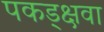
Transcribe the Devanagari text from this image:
पकड्क्षवा